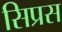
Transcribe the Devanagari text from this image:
सिप्रस